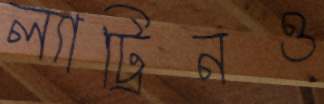
ল্যাট্রিনও